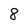
Character: 8